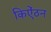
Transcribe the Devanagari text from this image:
किऐंठन